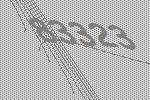
83323